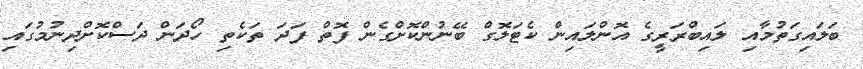
ބަލައިގަތުމާއި ލައިބްރަރީގެ އޮންލައިން ކެޓަލޮގް ބޭނުންކޮށްގެން ފޮތް ފަދަ ތަކެތި ހޯދަން ދަސްކޮށްދިނުމުގައި